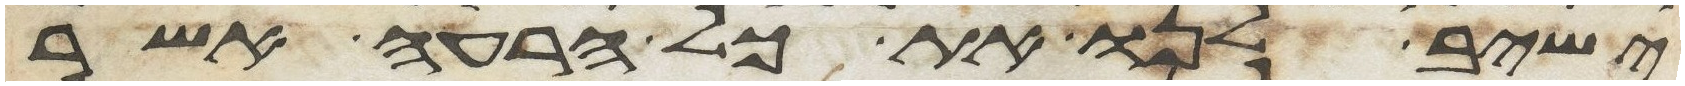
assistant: ישיב לנו את כל הרעה אשר